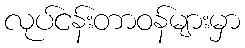
လုပ်ငန်းတာဝန်များမှာ